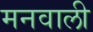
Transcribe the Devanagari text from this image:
मनवाली